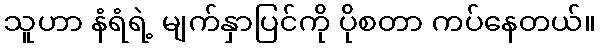
သူဟာ နံရံရဲ့ မျက်နှာပြင်ကို ပိုစတာ ကပ်နေတယ်။